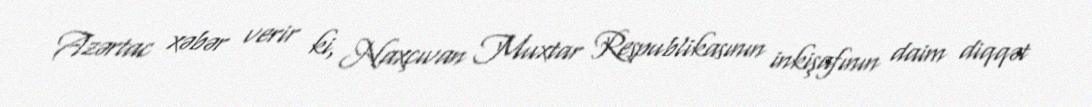
Azərtac xəbər verir ki, Naxçıvan Muxtar Respublikasının inkişafının daim diqqət